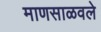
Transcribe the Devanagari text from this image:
माणसाळवले